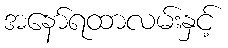
အနော်ရထာလမ်းနှင့်